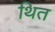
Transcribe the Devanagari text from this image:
थित